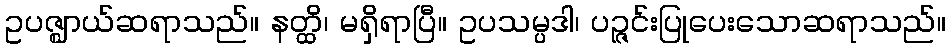
ဥပဇ္ဈာယ်ဆရာသည်။ နတ္ထိ၊ မရှိရာပြီ။ ဥပသမ္ပဒါ၊ ပဉ္ဇင်းပြုပေးသောဆရာသည်။